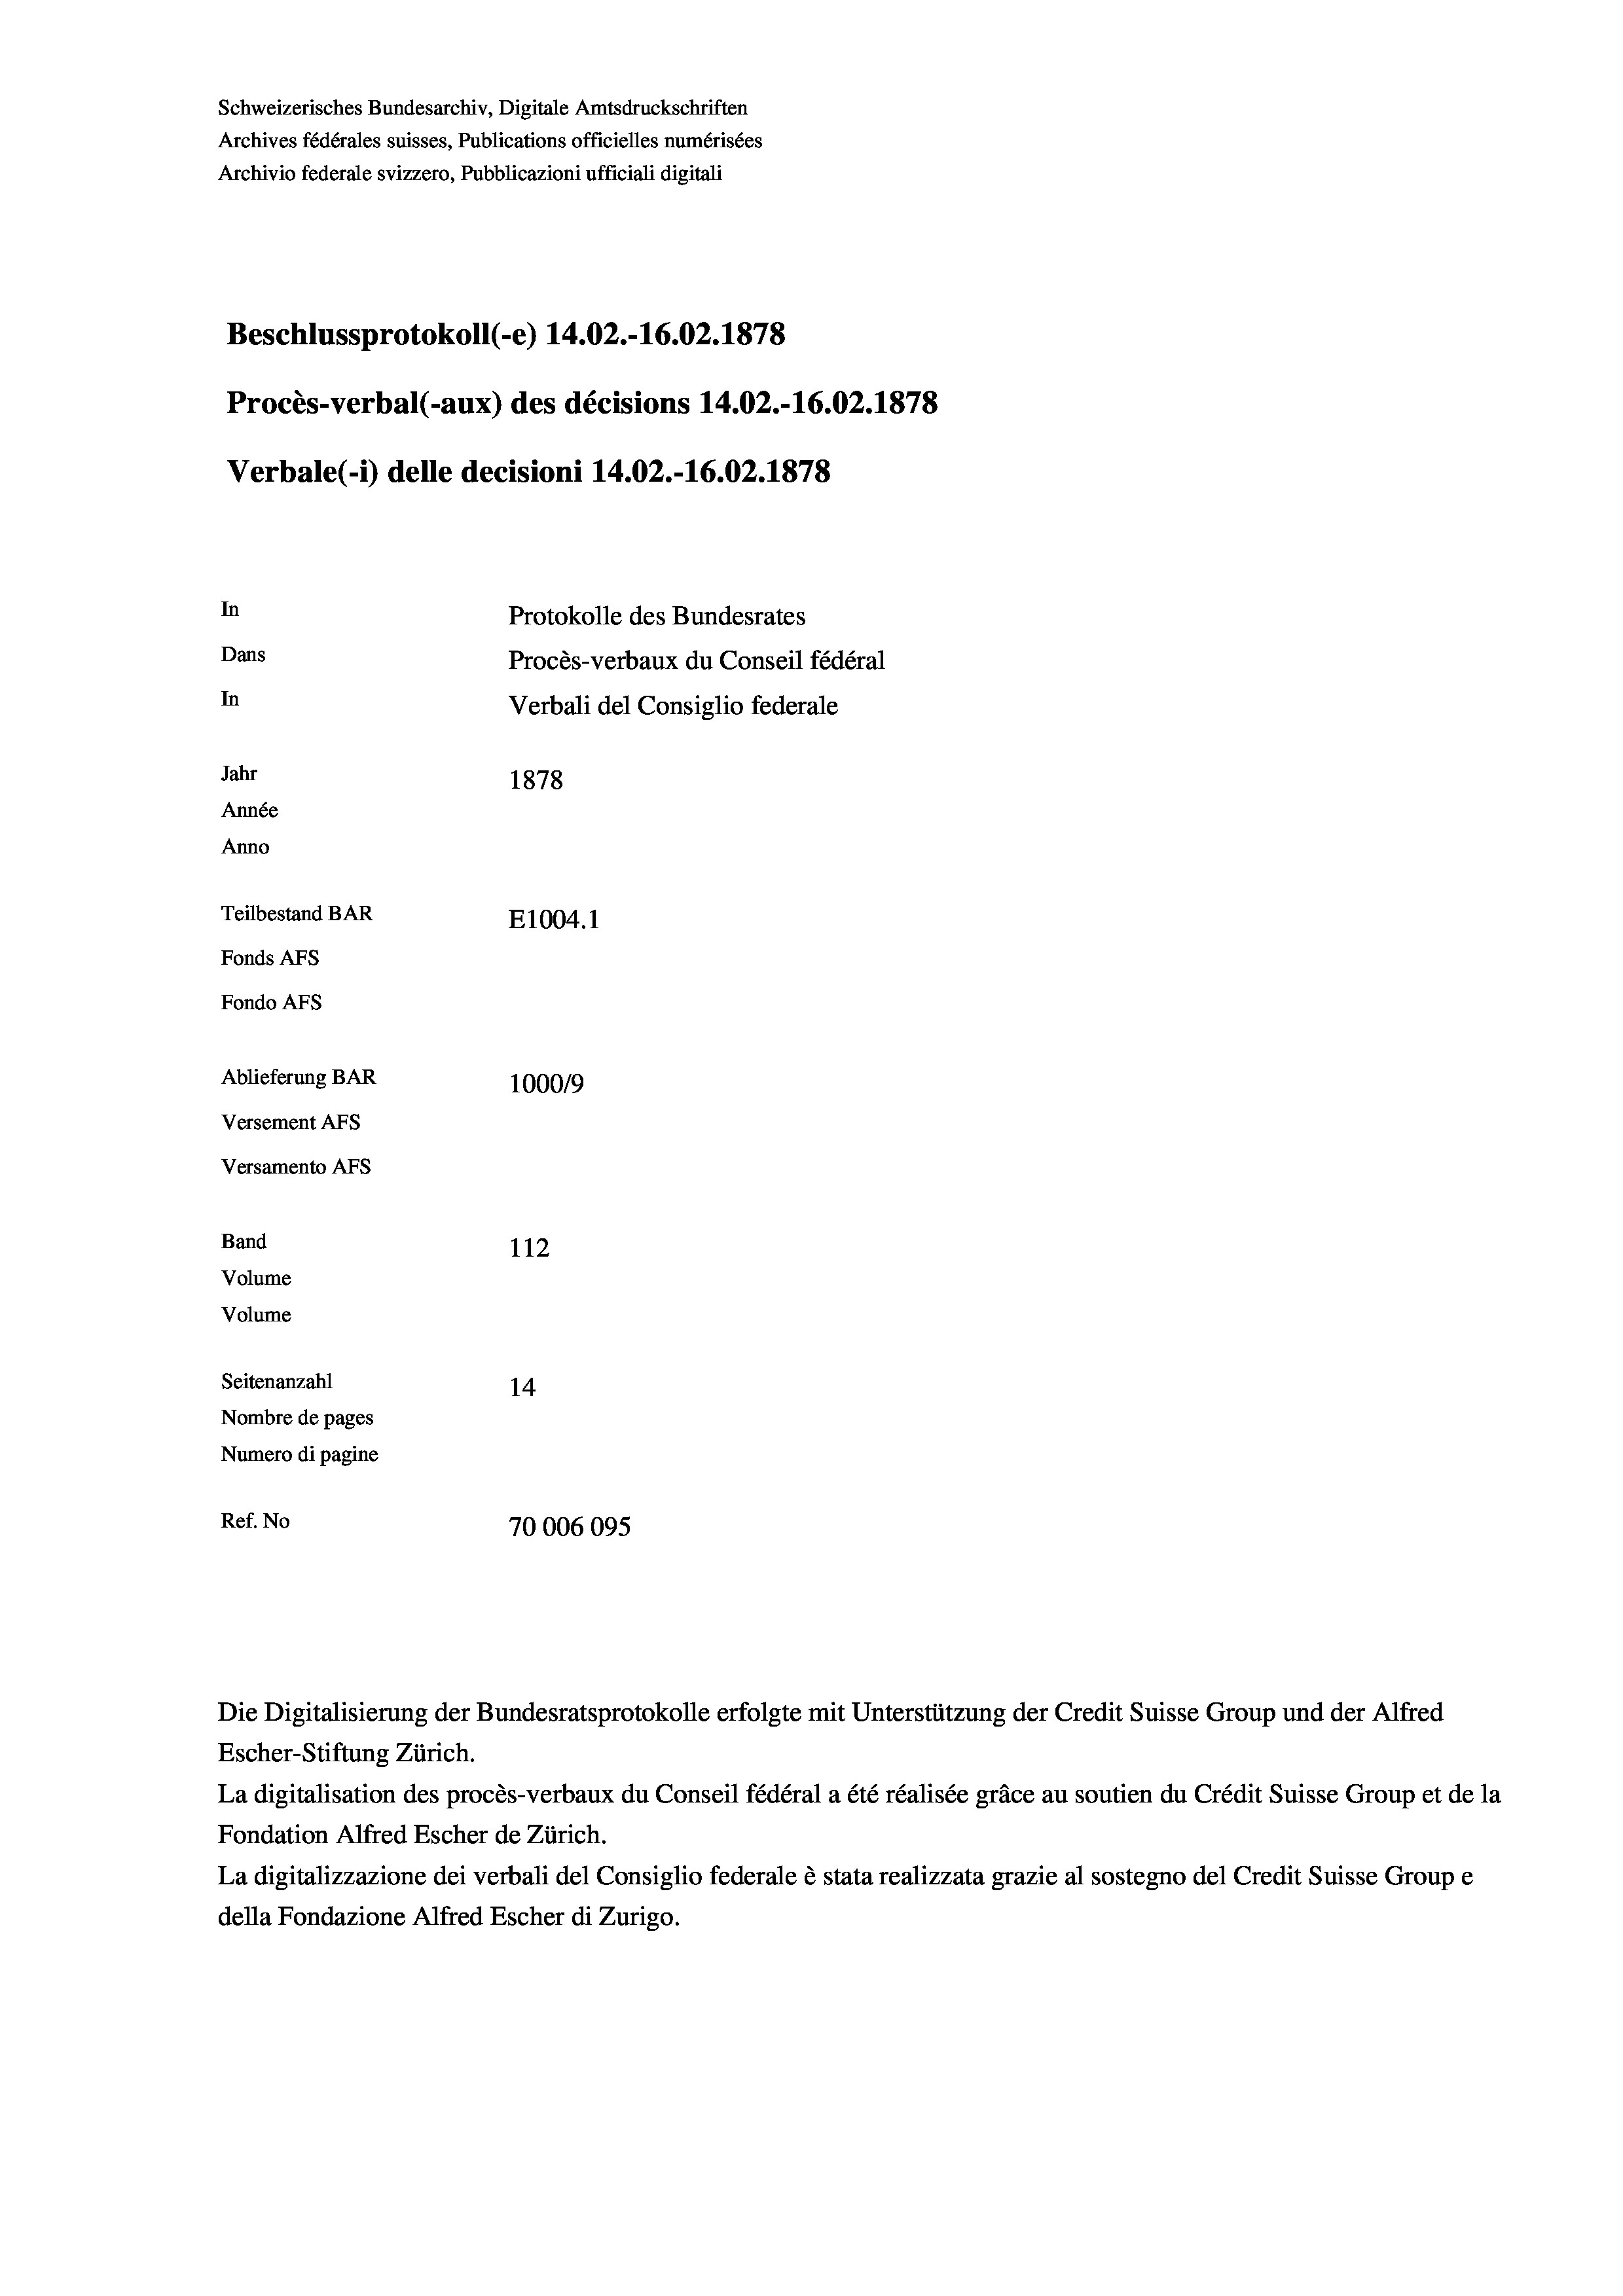
Schweizerisches Bundesarchiv, Digitale Amtsdruckschriften
Archives fédérales suisses, Publications officielles numérisées
Archivio federale svizzero, Pubblicazioni ufficiali digitali
Beschlussprotokoll (-e) 14.02.-16.02. 1878
Procès-verbal (-aux) des décisions 14.02.-16.02. 1878
Verbale(-*) delle decisioni 14.02.-16.02. 1878
In
Protokolle des Bundesrates
Dans
Procès-verbaux du Conseil fédéral
In
Verbali del Consiglio federale
Jahr
1878
Année
Anno
Teilbestand BAR
E1004. 1
Fonds AFs
Fondo Afs
Ablieferung BAR
100019
Versement AFs
Versamento AFS
Band
112
Volume
Volume
Seitenanzahl
14
Nombre de pages
Numero di pagine
Ref. No
70006095

Die Digitalisierung der Bundesratsprotokolle erfolgte mit Unterstützung der Credit Suisse Group und der Alfred

Escher-Stiftung Zürich.
La digitalisation des procès-verbaux du Conseil fédéral a été réalisée gräce au soutien du Crédit Suisse Group et de la
Fondation Alfred Escher de Zürich.
La digitalizzazione dei verbali del Consiglio federale è stata realizzata grazie al sostegno del Credit Suisse Groupe
della Fondazione Alfred Escher di Zurigo.